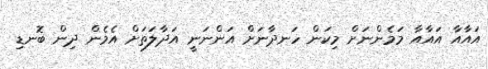
އައާއާ އައާއާ މަމެންނަށް މިކަން ހަނދާނަށް އަންނަނީ އަދާލަތަށް އެމެން ދިން ބޮނޑި